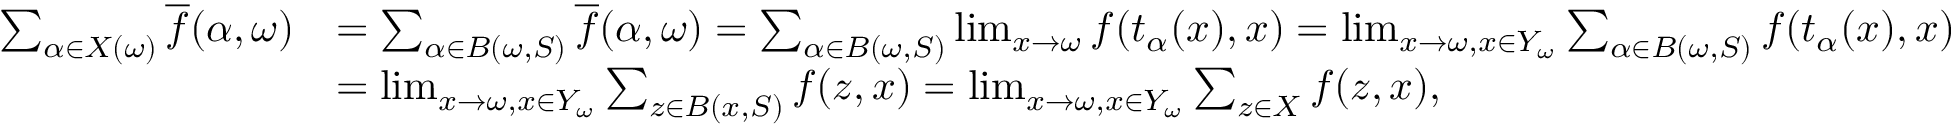
\begin{array} { r l } { \sum _ { \alpha \in X ( \omega ) } \overline { { f } } ( \alpha , \omega ) } & { = \sum _ { \alpha \in B ( \omega , S ) } \overline { { f } } ( \alpha , \omega ) = \sum _ { \alpha \in B ( \omega , S ) } \operatorname* { l i m } _ { x \to \omega } f ( t _ { \alpha } ( x ) , x ) = \operatorname* { l i m } _ { x \to \omega , x \in Y _ { \omega } } \sum _ { \alpha \in B ( \omega , S ) } f ( t _ { \alpha } ( x ) , x ) } \\ & { = \operatorname* { l i m } _ { x \to \omega , x \in Y _ { \omega } } \sum _ { z \in B ( x , S ) } f ( z , x ) = \operatorname* { l i m } _ { x \to \omega , x \in Y _ { \omega } } \sum _ { z \in X } f ( z , x ) , } \end{array}